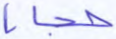
حجابا